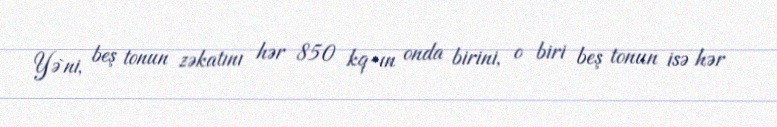
Yə`ni, beş tonun zəkatını hər 850 kq-ın onda birini, o biri beş tonun isə hər